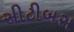
સીટીબસ